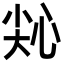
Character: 𢙭